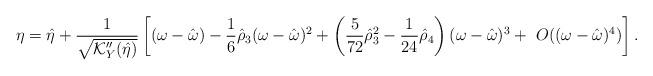
LaTeX: \begin{align*} \eta = \hat{\eta} + \frac{1}{\sqrt{\mathcal{K}_{Y}''(\hat{\eta})}} \left[ (\omega - \hat{\omega}) - \frac{1}{6}\hat{\rho}_3 (\omega - \hat{\omega})^2 + \left( \frac{5}{72}\hat{\rho}_3^2 - \frac{1}{24}\hat{\rho}_4\right) (\omega - \hat{\omega})^3 + \ O((\omega - \hat{\omega})^4)\right]. \end{align*}